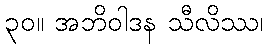
၃၀။ အဘိဝါဒန သီလိဿ၊